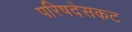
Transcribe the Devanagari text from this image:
परिषदेसकट